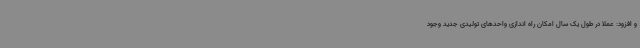
و افزود: عملا در طول یک سال امکان راه اندازی واحدهای تولیدی جدید وجود